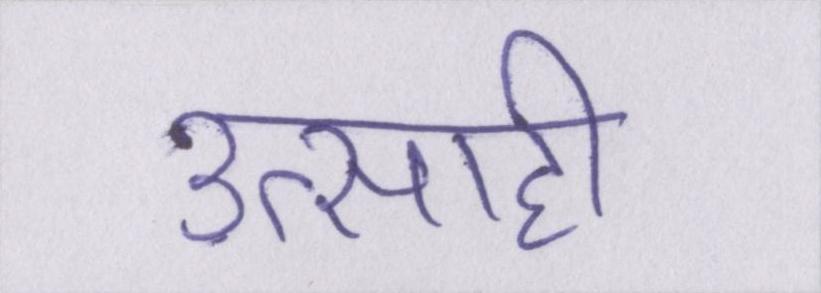
उत्साही